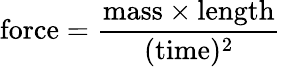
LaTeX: \mathrm{force}={\frac{\mathrm{mass}\times\mathrm{length}}{(\mathrm{time})^{2}}}